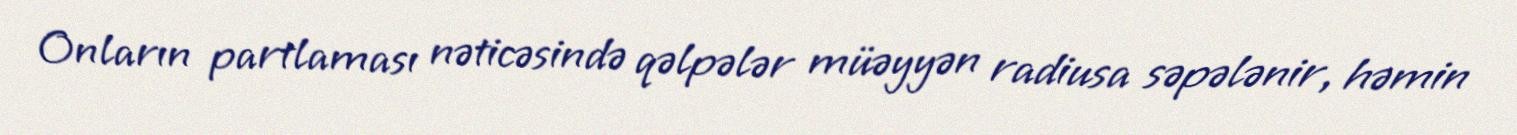
Onların partlaması nəticəsində qəlpələr müəyyən radiusa səpələnir, həmin